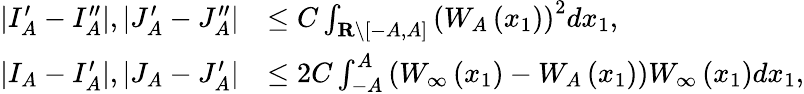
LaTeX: \begin{array}{rl}{\left|I_{A}^{\prime}-I_{A}^{\prime\prime}\right|,\left|J_{A}^{\prime}-J_{A}^{\prime\prime}\right|}&{\leq C\int_{\mathbf{R}\backslash[-A,A]}\left(W_{A}\left(x_{1}\right)\right)^{2}dx_{1},}\\ {\left|I_{A}-I_{A}^{\prime}\right|,\left|J_{A}-J_{A}^{\prime}\right|}&{\leq 2C\int_{-A}^{A}\left(W_{\infty}\left(x_{1}\right)-W_{A}\left(x_{1}\right)\right)W_{\infty}\left(x_{1}\right)dx_{1},}\end{array}